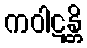
ကဝါဋန္တိ